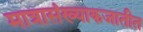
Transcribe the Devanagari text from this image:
मात्रासंख्याकजातीत